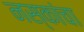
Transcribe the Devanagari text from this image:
नस्कांचा